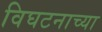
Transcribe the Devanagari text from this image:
विघटनाच्या